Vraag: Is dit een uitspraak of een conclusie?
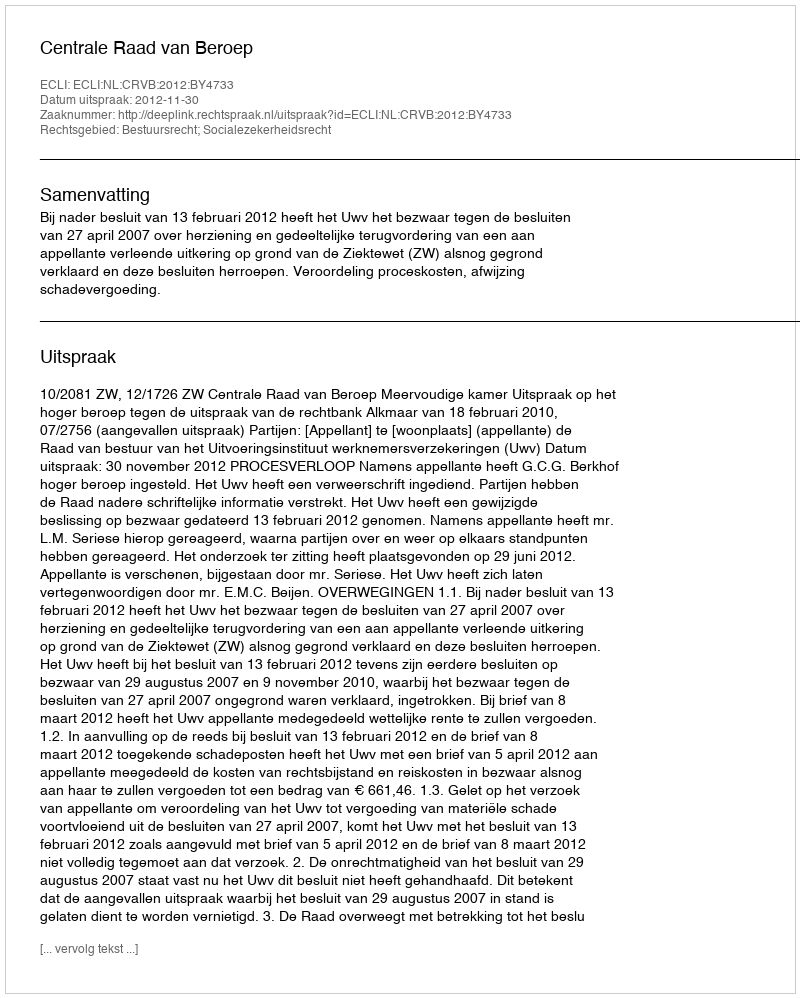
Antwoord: Uitspraak